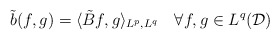
\begin{align*}\tilde{b}(f,g) = \langle \tilde{B}f,g\rangle_{L^p,L^q} \ \ \ \forall f,g \in L^q(\mathcal{D})\end{align*}